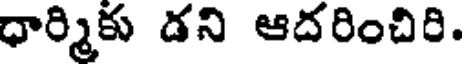
ధార్మికు డని ఆదరించిరి.